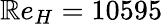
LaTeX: \mathbb{R}e_{H}=10595